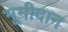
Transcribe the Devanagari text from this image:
भूमीदान